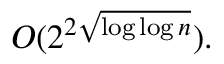
O ( 2 ^ { 2 { \sqrt { \log \log n } } } ) .